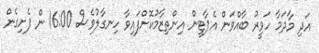
އަދި މާދަމާ ހަވީރު ބާއްވަން އެޕާޓީން އިންތިޒާމުކޮށްފައިވާ ހިނގާލުވެސް 16:00 ން ފެށިގެން